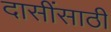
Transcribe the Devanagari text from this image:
दासींसाठी